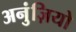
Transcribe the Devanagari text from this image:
अनुंज़ियो